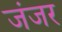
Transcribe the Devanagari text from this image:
जंजर